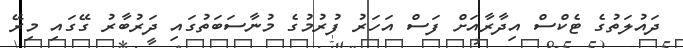
ދައުލަތުގެ ޓެކްސް އިދާރާއަށް ފަސް އަހަރު ފުރުމުގެ މުނާސަބަތުގައި ދަރުބާރު ގޭގައި މިރޭ